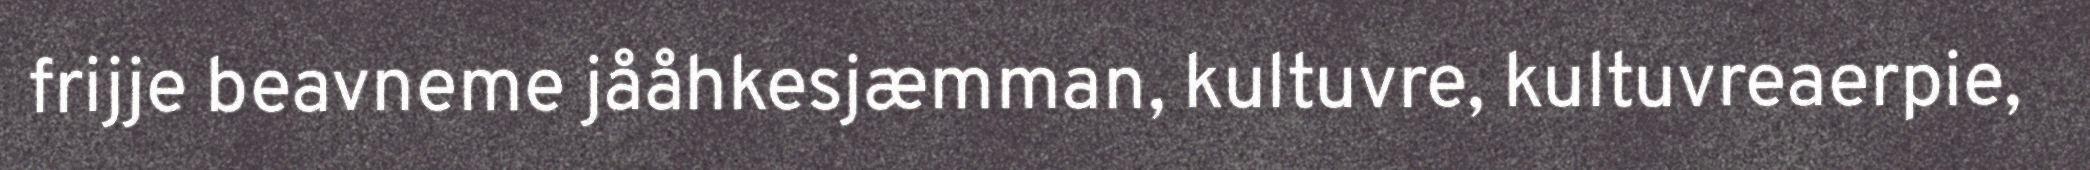
frijje beavneme jååhkesjæmman, kultuvre, kultuvreaerpie,